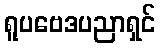
ရူပဗေဒပညာရှင်